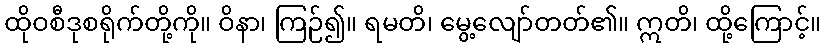
ထိုဝစီဒုစရိုက်တို့ကို။ ဝိနာ၊ ကြဉ်၍။ ရမတိ၊ မွေ့လျော်တတ်၏။ ဣတိ၊ ထို့ကြောင့်။